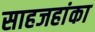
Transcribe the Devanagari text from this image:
साहजहांका